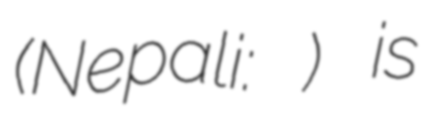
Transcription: (Nepali: सालघारी) is